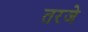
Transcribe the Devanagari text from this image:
तरजे